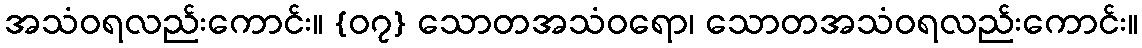
အသံဝရလည်းကောင်း။ {၀၇} သောတအသံဝရော၊ သောတအသံဝရလည်းကောင်း။